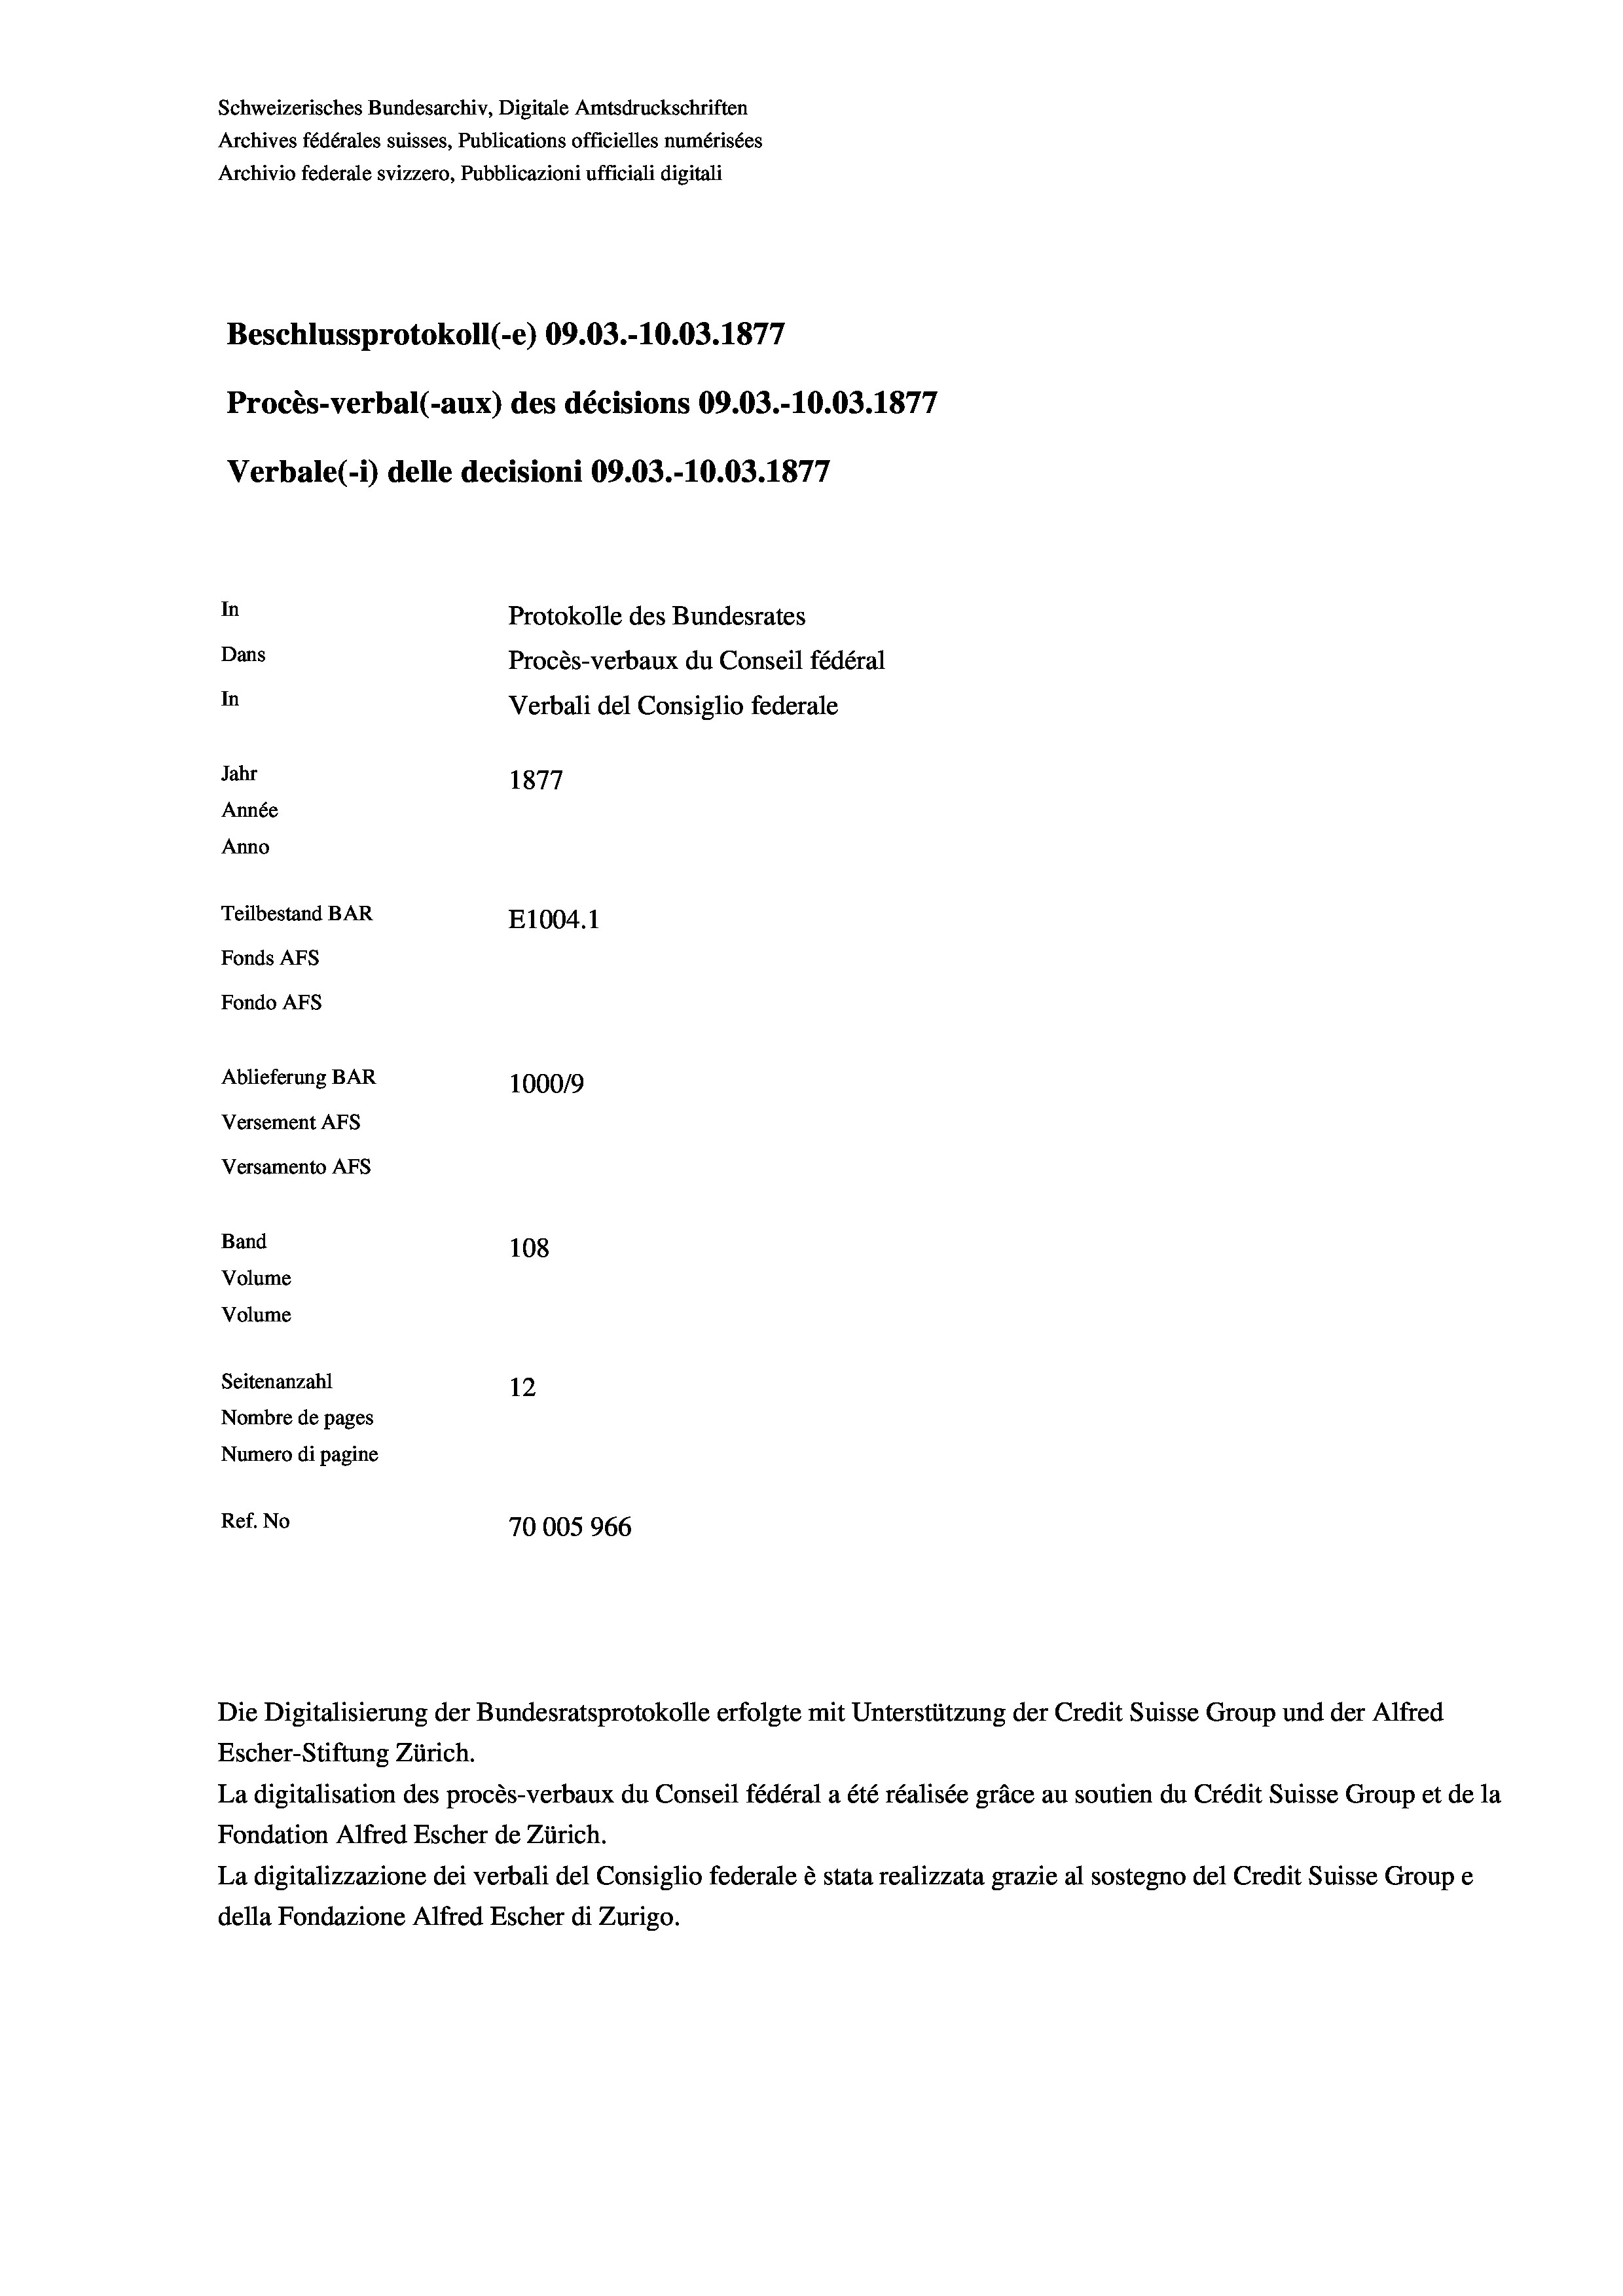
Schweizerisches Bundesarchiv, Digitale Amtsdruckschriften
Archives fédérales suisses, Publications officielles numérisées
Archivio federale svizzero, Pubblicazioni ufficiali digitali
Beschlussprotokoll (-e) 09.03.-10.03. 1877
Procès-verbal (-aux) des décisions 09.03.-10.03. 1877
Verbale (1) delle decisioni 09.03.-10.03. 1877
In
Protokolle des Bundesrates
Dans
Procès-verbaux du Conseil fédéral
In
Verbali del Consiglio federale
Jahr
1877
Année
Anno
Teilbestand BAR
E1004. 1
Fonds AFs
Fondo AFS
Ablieferung BAR
1000/9
Versement AFs
Versamento Afs
Band
108
Volume
Volume

Seitenanzahl
12
Nombre de pages
Numero di pagine
Ref. No
70005966

Die Digitalisierung der Bundesratsprotokolle erfolgte mit Unterstützung der Credit Suisse Group und der Alfred
Escher-Stiftung Zürich.
La digitalisation des procès-verbaux du Conseil fédéral a été réalisée gräce au soutien du Crédit Suisse Group et de la
Fondation Alfred Escher de Zürich.
La digitalizzazione dei verbali del Consiglio federale è stata realizzata grazie al sostegno del Credit Suisse Groupe
della Fondazione Alfred Escher di Zurigo.